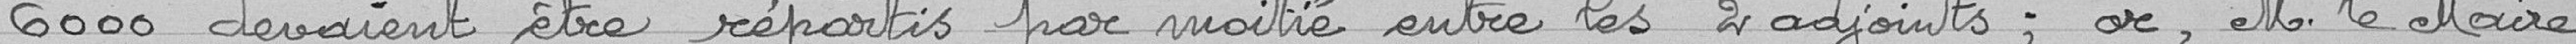
6000 devaient être répartis par moitié entre les 2 adjoints; or, M. le Maire